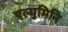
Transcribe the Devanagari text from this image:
एल्युमिनि